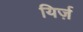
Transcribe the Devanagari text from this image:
यिर्ज़